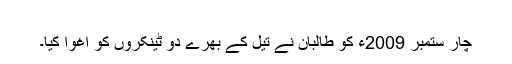
​
چار ستمبر 2009ء کو طالبان نے تیل کے بھرے دو ٹینکروں کو اغوا کیا۔